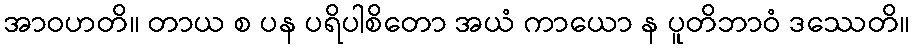
အာဝဟတိ။ တာယ စ ပန ပရိပါစိတော အယံ ကာယော န ပူတိဘာဝံ ဒဿေတိ။